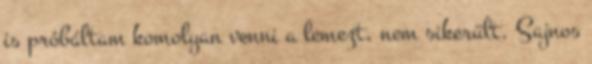
is próbáltam komolyan venni a lemezt, nem sikerült. Sajnos